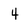
Character: 4